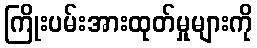
ကြိုးပမ်းအားထုတ်မှုများကို